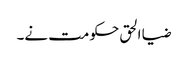
ضیا الحق حکومت نے۔